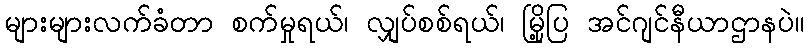
များများလက်ခံတာ စက်မှုရယ်၊ လျှပ်စစ်ရယ်၊ မြို့ပြ အင်ဂျင်နီယာဌာနပဲ။